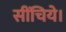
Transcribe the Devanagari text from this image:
सींचिये।